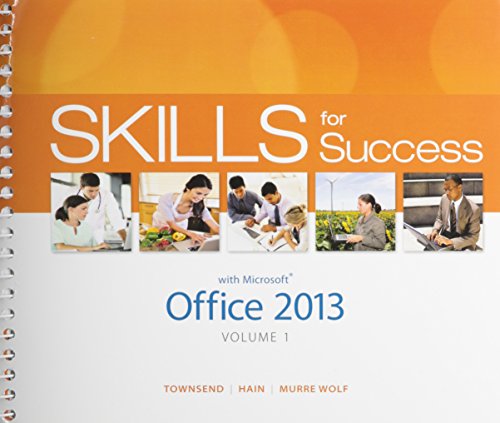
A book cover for Skills for Success with Office 2013 Volume 1 & MyITLab with Pearson eText -- Access Card -- for Skills for Success with Office 2013 Package; Kris Townsend; Computers & Technology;